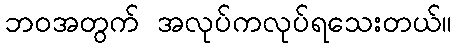
ဘဝအတွက် အလုပ်ကလုပ်ရသေးတယ်။